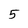
Character: 5